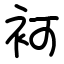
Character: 袔